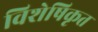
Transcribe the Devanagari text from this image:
विशेषिकृत